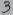
Text: 3